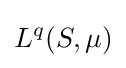
L^{q}(S,\mu )